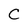
Character: C